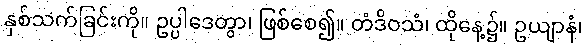
နှစ်သက်ခြင်းကို။ ဥပ္ပါဒေတွာ၊ ဖြစ်စေ၍။ တံဒိဝသံ၊ ထိုနေ့၌။ ဥယျာနံ၊